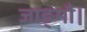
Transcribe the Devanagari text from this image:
जाङ्गौ।